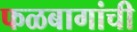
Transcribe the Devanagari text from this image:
फळबागांची